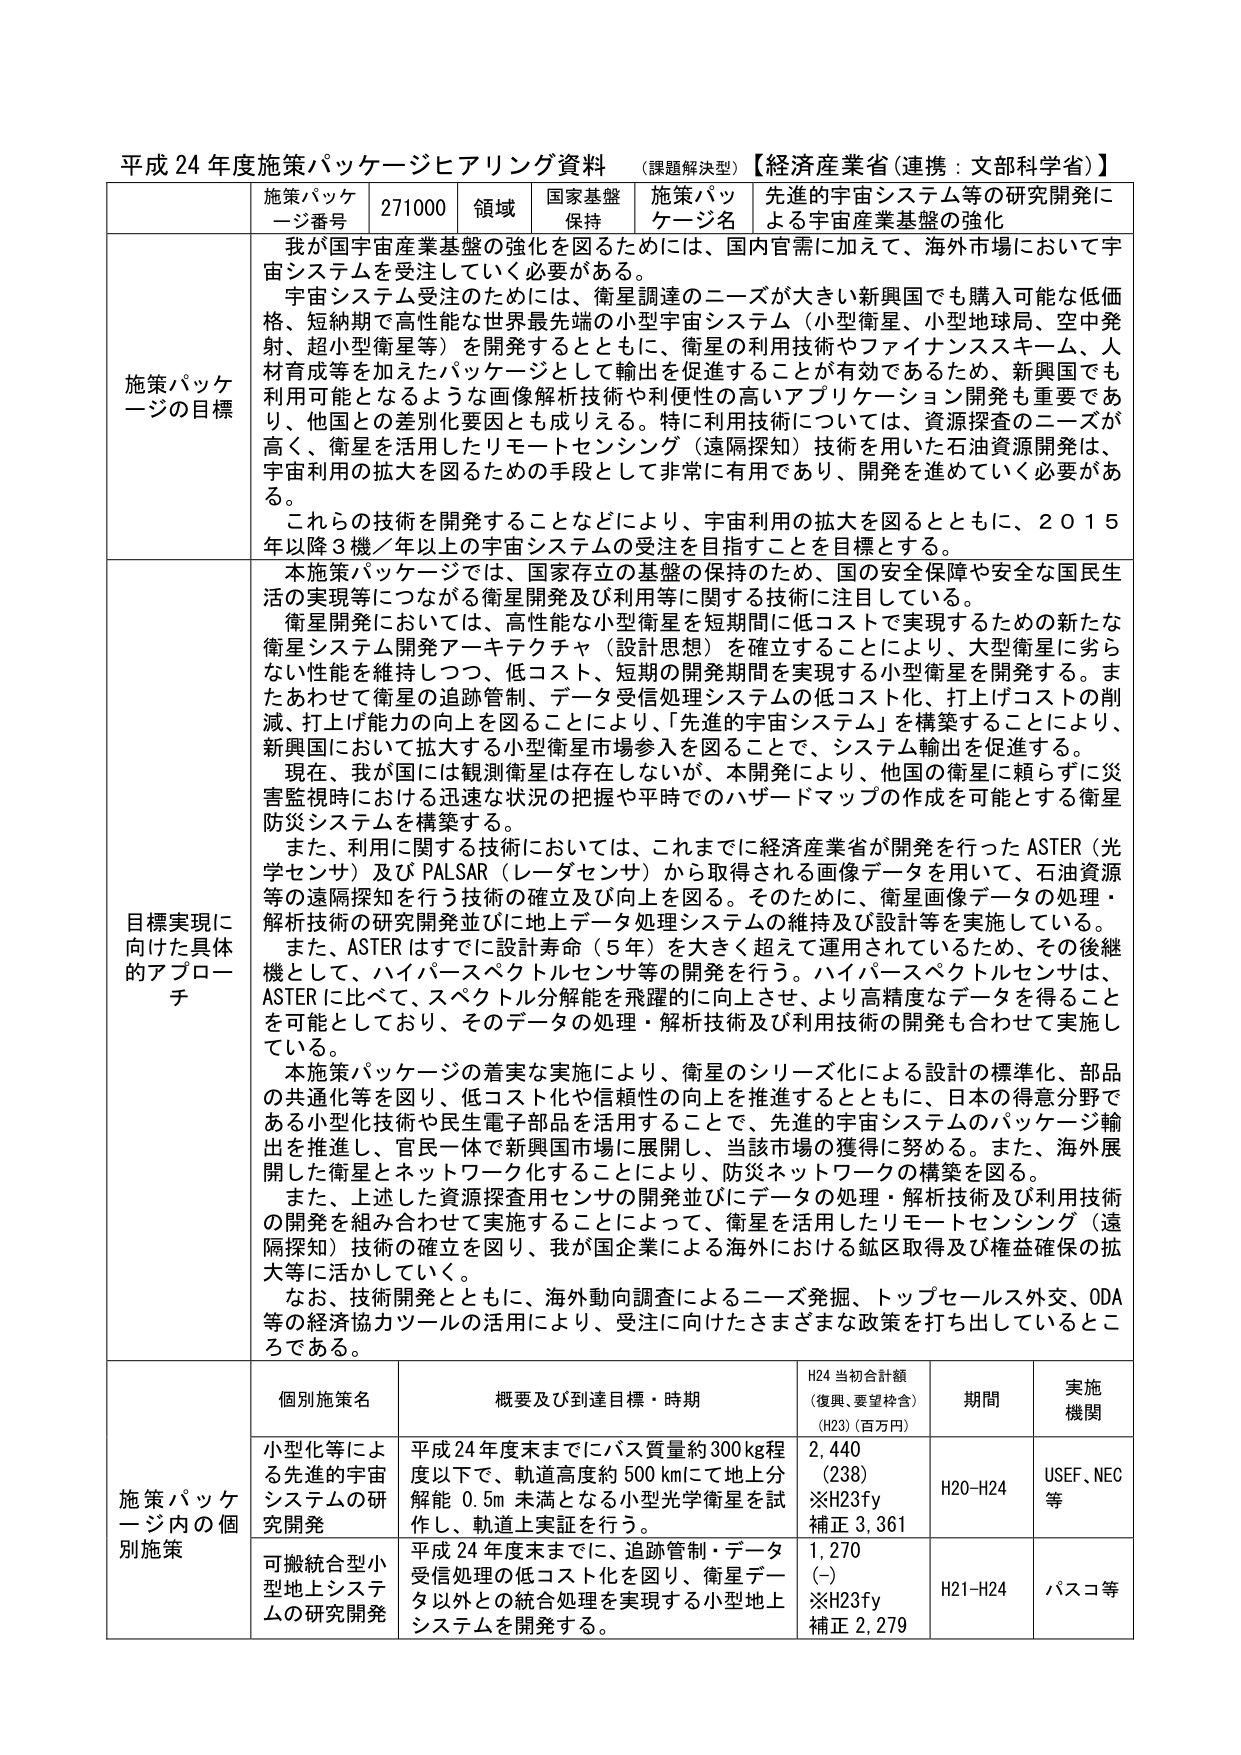
平成24年度施策パッケージヒアリング資料 （課題解決型）【経済産業省（連携：文部科学省）】

施策パッケージ番号 271000 領域 国家基盤保持 施策パッケージ名 先進的宇宙システム等の研究開発による宇宙産業基盤の強化

施策パッケージの目標
我が国宇宙産業基盤の強化のためには、国内官需に加えて、海外市場において宇宙システムを受注していく必要がある。
宇宙システム受注のためには、衛星調達のニーズが大きい新興国でも購入可能な低価格、短納期で高性能な世界最先端の小型宇宙システム（小型衛星、小型地球局、空中発射、超小型衛星等）を開発するとともに、衛星の利用技術やファイナンススキーム、人材育成等を加えたパッケージとして輸出を促進することが有効であるため、新興国でも利用可能となるような画像解析技術や利便性の高いアプリケーション開発も重要であり、他国との差別化要因とも成りえる。特に利用技術については、資源探査のニーズが高く、衛星を活用したリモートセンシング（遠隔探知）技術を用いた石油資源開発は、宇宙利用の拡大を図るための手段として非常に有用であり、開発を進めていく必要がある。
これらの技術を開発することなどにより、宇宙利用の拡大を図るとともに、2015年以降3機／年以上の宇宙システムの受注を目指すことを目標とする。

目標実現に向けた具体的アプローチ
本施策パッケージでは、国家存立の基盤の保持のため、国の安全保障や安全な国民生活の実現等につながる衛星開発及び利用等に関する技術に注目している。
衛星開発においては、高性能な小型衛星を短期間に低コストで実現するための新たな衛星システム開発アーキテクチャ（設計思想）を確立することにより、大型衛星に劣らない性能を維持しつつ、低コスト、短期の開発期間を実現する小型衛星を開発する。またあわせて衛星の追跡管制、データ受信処理システムの低コスト化、打上げコストの削減、打上げ能力の向上を図ることにより、「先進的宇宙システム」を構築することにより、新興国において拡大する小型衛星市場参入を図ることで、システム輸出を促進する。
現在、我が国には観測衛星は存在しないが、本開発により、他国の衛星に頼らずに災害監視時における迅速な状況の把握や平時でのハザードマップの作成を可能とする衛星防災システムを構築する。
また、利用に関する技術においては、これまでに経済産業省が開発を行ったASTER（光学センサ）及びPALSAR（レーダセンサ）から取得される画像データを用いて、石油資源等の遠隔探知を行う技術の確立及び向上を図る。そのためには、衛星画像データの処理・解析技術の研究開発並びに地上データ処理システムの維持及び設計等を実施している。
また、ASTERはすでに設計寿命（5年）を大きく超えて運用されているため、その後継機として、ハイパースペクトルセンサ等の開発を行う。ハイパースペクトルセンサは、ASTERに比べて、スペクトル分解能を飛躍的に向上させ、より高精度なデータを得ることを可能としており、そのデータの処理・解析技術及び利用技術の開発も合わせて実施している。
本施策パッケージの着実な実施により、衛星のシリーズ化による設計の標準化、部品の共通化等を図り、低コスト化や信頼性の向上を推進するとともに、日本の得意分野である小型化技術や民生電子部品を活用することで、先進的宇宙システムのパッケージ輸出を推進し、官民一体で新興国市場に展開し、当該市場に獲得に努める。また、海外展開した衛星とネットワーク化することにより、防災ネットワークの構築を図る。
また、上述した資源探査用センサの開発並びにデータの処理・解析技術及び利用技術の開発を組み合わせて実施することによって、衛星を活用したリモートセンシング（遠隔探知）技術の確立を図り、我が国企業による海外における鉱区取得及び権益確保の拡大等に活かしていく。
なお、技術開発とともに、海外動向調査によるニーズ発掘、トップセールス外交、ODA等の経済協力ツールの活用により、受注に向けたさまざまな政策を打ち出しているところである。

施策パッケージ内の個別施策
個別施策名 概要及び到達目標・時期 H24当初合計額（復興、要望枠含）（H23）（百万円） 期間 実施機関
小型化等による先進的宇宙システムの研究開発 平成24年度末までにバス質量約300kg程度以下で、軌道高度約500kmにて地上分解能0.5m未満となる小型光学衛星を試作し、軌道上実証を行う。 2,440（238）※H23fy 補正3,361 H20-H24 USEF、NEC等
可搬統合型小型地上システムの研究開発 平成24年度末までに、追跡管制・データ受信処理の低コスト化を図り、衛星データ以外との統合処理を実現する小型地上システムを開発する。 1,270（-）※H23fy 補正2,279 H21-H24 バスコ等